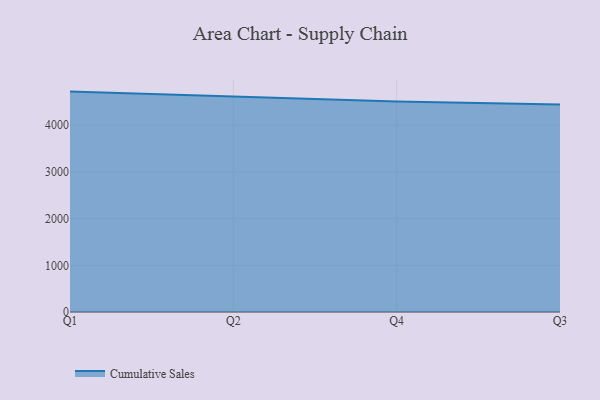
{"axis": {"x": "Quarter", "y": "Tickets Resolved"}, "legend": ["Cumulative Sales"], "data": [{"x": "Q1", "y": 4720.1, "type": "Cumulative Sales"}, {"x": "Q2", "y": 4609.2, "type": "Cumulative Sales"}, {"x": "Q4", "y": 4506.4, "type": "Cumulative Sales"}, {"x": "Q3", "y": 4443.6, "type": "Cumulative Sales"}]}